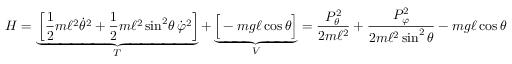
H = \underbrace { \left[ { \frac { 1 } { 2 } } m \ell ^ { 2 } { \dot { \theta } } ^ { 2 } + { \frac { 1 } { 2 } } m \ell ^ { 2 } \sin ^ { 2 } \! \theta \, { \dot { \varphi } } ^ { 2 } \right] } _ { T } + \underbrace { { \Big [ } - m g \ell \cos \theta { \Big ] } } _ { V } = { \frac { P _ { \theta } ^ { 2 } } { 2 m \ell ^ { 2 } } } + { \frac { P _ { \varphi } ^ { 2 } } { 2 m \ell ^ { 2 } \sin ^ { 2 } \theta } } - m g \ell \cos \theta